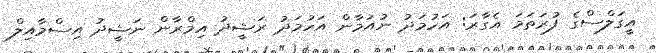
އީގަލްސްގެ ފުރަތަމަ އެގާރަ: އަހުމަދު ނުއުމާން އަހުމަދު ރަޝީދު އިމްރާން ނަޝީދު އިސްމާއިލް